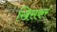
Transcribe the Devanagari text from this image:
खिसकर